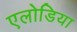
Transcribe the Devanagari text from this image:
एलोडिया